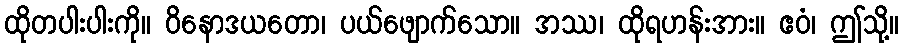
ထိုတပါးပါးကို။ ဝိနောဒယတော၊ ပယ်ဖျောက်သော။ အဿ၊ ထိုရဟန်းအား။ ဧဝံ၊ ဤသို့။